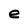
Character: e